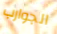
الجوارب